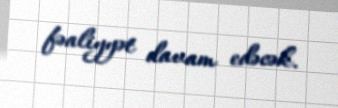
fəaliyyət davam edəcək.